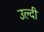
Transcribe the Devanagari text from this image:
उल्दी